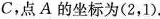
C，点A的坐标为(2，1).